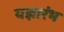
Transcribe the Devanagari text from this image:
यज्ञारंभ